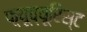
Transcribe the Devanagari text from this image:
फ़्यूच्यूरिस्ट